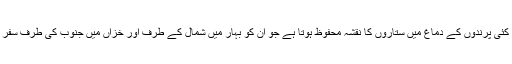
مثلاً ہجرت کرنے والے کئی پرندوں کے دماغ میں ستاروں کا نقشہ محفوظ ہوتا ہے جو ان کو بہار میں شمال کے طرف اور خزاں میں جنوب کی طرف سفر کرنے میں مدد دیتا ہے۔